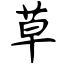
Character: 草